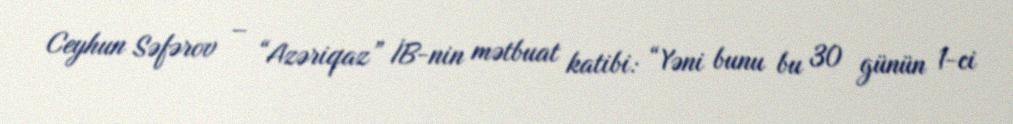
Ceyhun Səfərov – “Azəriqaz” İB-nin mətbuat katibi: “Yəni bunu bu 30 günün 1-ci